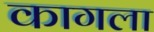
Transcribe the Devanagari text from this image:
कागला